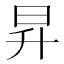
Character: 昇